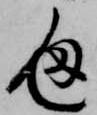
通